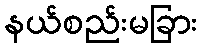
နယ်စည်းမခြား